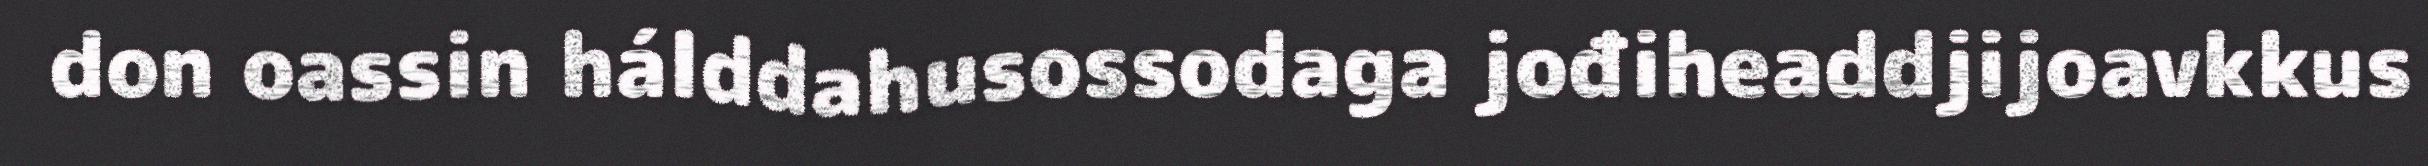
don oassin hálddahusossodaga jođiheaddjijoavkkus